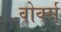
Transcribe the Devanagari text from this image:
वोर्क्स